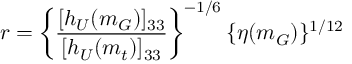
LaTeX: r = \left\{ \frac { [ h _ { U } ( m _ { G } ) ] _ { 3 3 } } { [ h _ { U } ( m _ { t } ) ] _ { 3 3 } } \right\} ^ { - 1 / 6 } \{ \eta ( m _ { G } ) \} ^ { 1 / 1 2 }